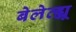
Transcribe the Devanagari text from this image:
बेलेव्ह्यू